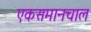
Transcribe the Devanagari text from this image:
एकसमानचाल